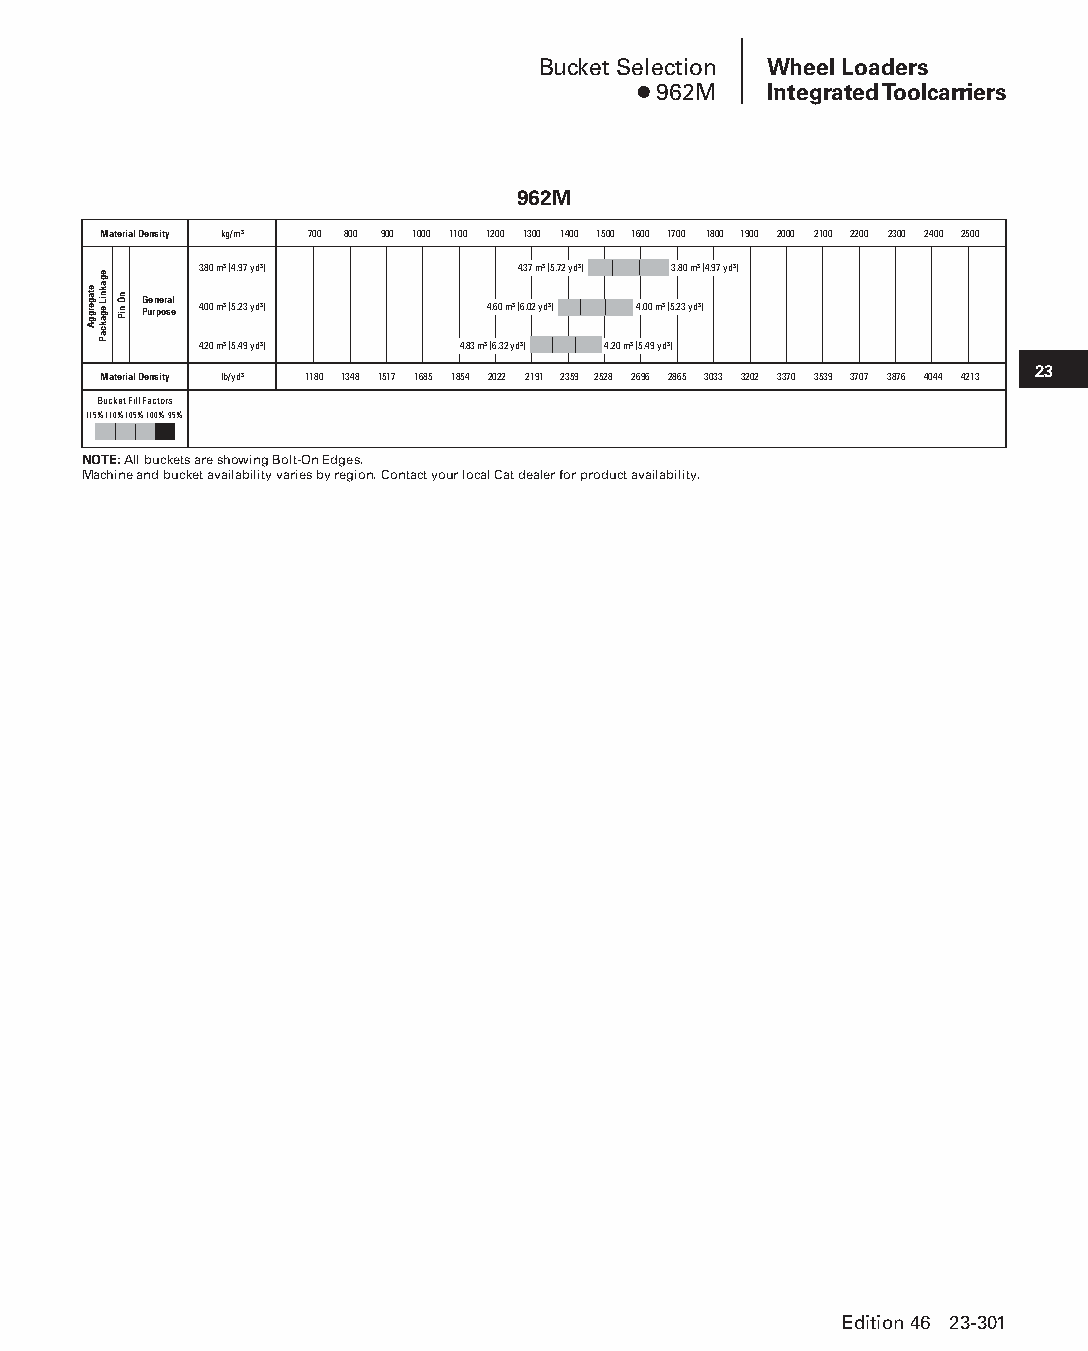
Bucket Selection Wheel Loaders
 ● 962M  Integrated Toolcarriers
 962M
 Material Density kg/m3 700 800 900 1000 1100 1200 1300 1400 1500 1600 1700 1800 1900 2000 2100 2200 2300 2400 2500
 3.80 m3 (4.97 yd3)   4.37 m3 (5.72 yd3) 3.80 m3 (4.97 yd3)
 General
 Purpose 4.00 m3 (5.23 yd3) 4.60 m3 (6.02 yd3) 4.00 m3 (5.23 yd3)
 4.20 m3 (5.49 yd3) 4.83 m3 (6.32 yd3) 4.20 m3 (5.49 yd3)
 23
 Material Density lb/yd3 1180 1348 1517 1685 1854 2022 2191 2359 2528 2696 2865 3033 3202 3370 3539 3707 3876 4044 4213
 Bucket Fill Factors
 115%110%105%100%95%
 NOTE: All buckets are showing Bolt-On Edges.
 Machine and bucket availability varies by region. Contact your local Cat dealer for product availability.
 Edition 46 23-301
 PPHHBB--SSeecc2233((ppgg220077--332244))..iinndddd 330011      1122//44//1155 22::1122 PPMM
 etagerggA
 egakniL
 egakcaP
 nO
 niP